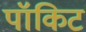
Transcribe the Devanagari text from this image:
पॉकिट